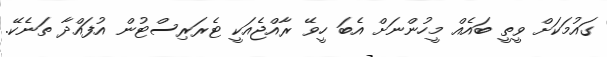
ގައުމަކަށް ވީތީ ބައެއް މީހުންނަށް އެބަ ހީވޭ ރާއްޖެއަކީ ޓެރަރިސްޓުން އުފައްދާ ތަނެކޭ.